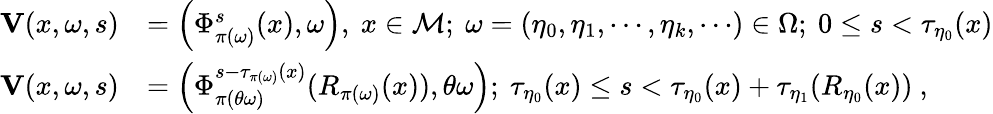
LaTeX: \begin{array}{rl}{\mathbf{V}(x,\omega,s)}&{=\left(\Phi_{\pi\left(\omega\right)}^{s}(x),\omega\right),\ x\in\mathcal{M};\ \omega=(\eta_{0},\eta_{1},\cdots,\eta_{k},\cdots)\in\Omega;\ 0\leq s<\tau_{\eta_{0}}(x)}\\ {\mathbf{V}(x,\omega,s)}&{=\left(\Phi_{\pi\left(\theta\omega\right)}^{s-\tau_{\pi\left(\omega\right)}(x)}(R_{\pi\left(\omega\right)}(x)),\theta\omega\right);\ \tau_{\eta_{0}}(x)\leq s<\tau_{\eta_{0}}(x)+\tau_{\eta_{1}}(R_{\eta_{0}}(x))\ ,}\end{array}